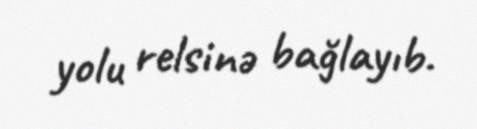
yolu relsinə bağlayıb.